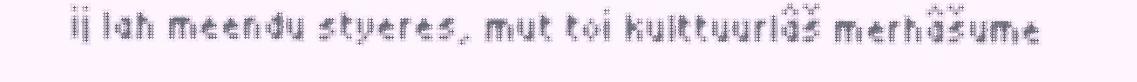
ij lah meendu styeres, mut toi kulttuurlâš merhâšume